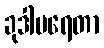
ခုဒါပရေတာ